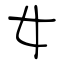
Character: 女